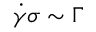
\dot { \gamma } \sigma \sim \Gamma